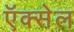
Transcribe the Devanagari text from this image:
ऍक्सेल